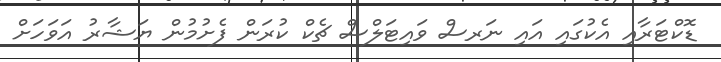
ޑޮކްޓަރާއި އެކުގައި އައި ނަރސް ވައިޓަލްސް ޗެކް ކުރަން ފެށުމުން ޔަޝާރު އަވަހަށް